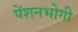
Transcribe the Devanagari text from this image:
पेंशनभोगी